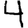
Digit: 4